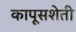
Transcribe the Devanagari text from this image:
कापूसशेती